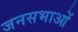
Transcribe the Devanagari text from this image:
जनसभाआें